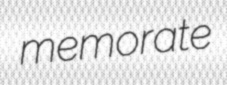
memorate